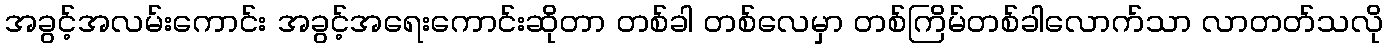
အခွင့်အလမ်းကောင်း အခွင့်အရေးကောင်းဆိုတာ တစ်ခါ တစ်လေမှာ တစ်ကြိမ်တစ်ခါလောက်သာ လာတတ်သလို